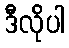
ဒီလိုပါ